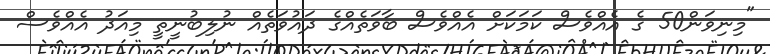
"މިނިވަން50 ގެ އެއްވެސް ކަމަކަށް އެއްވެސް ބާވަތެއްގެ ދައުވަތެއް ނުލިބުނީތީ މިއަދު އެއްވެސް